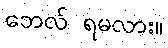
ဘေလ် ရမလား။